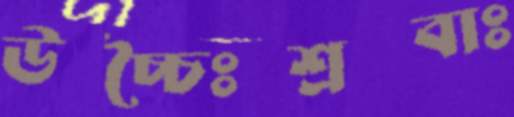
উচ্চৈঃশ্রবাঃ